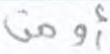
أومن